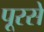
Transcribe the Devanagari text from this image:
पूरसे